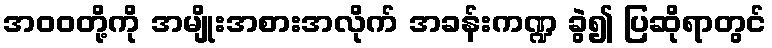
အဝဝတို့ကို အမျိုးအစားအလိုက် အခန်းကဏ္ဍ ခွဲ၍ ပြဆိုရာတွင်